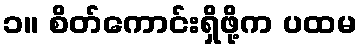
၁။ စိတ်ကောင်းရှိဖို့က ပထမ